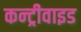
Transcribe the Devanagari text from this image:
कन्ट्रीवाइड